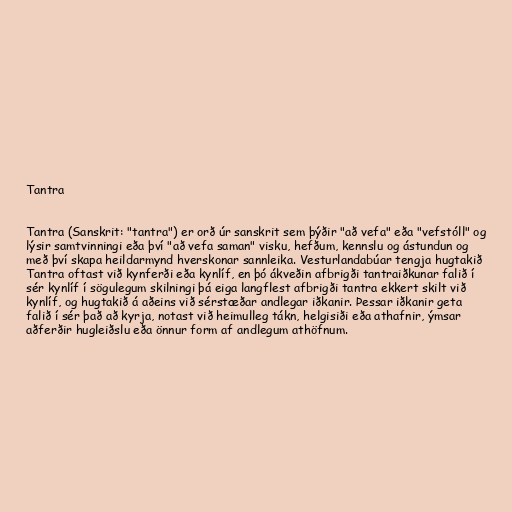
Tantra

Tantra (Sanskrit: "tantra") er orð úr sanskrit sem þýðir "að vefa" eða "vefstóll" og
lýsir samtvinningi eða því "að vefa saman" visku, hefðum, kennslu og ástundun og
með því skapa heildarmynd hverskonar sannleika. Vesturlandabúar tengja hugtakið
Tantra oftast við kynferði eða kynlíf, en þó ákveðin afbrigði tantraiðkunar falið í
sér kynlíf í sögulegum skilningi þá eiga langflest afbrigði tantra ekkert skilt við
kynlíf, og hugtakið á aðeins við sérstæðar andlegar iðkanir. Þessar iðkanir geta
falið í sér það að kyrja, notast við heimulleg tákn, helgisiði eða athafnir, ýmsar
aðferðir hugleiðslu eða önnur form af andlegum athöfnum.